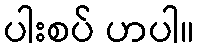
ပါးစပ် ဟပါ။